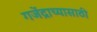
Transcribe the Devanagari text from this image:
गजेंद्राच्यासाठी